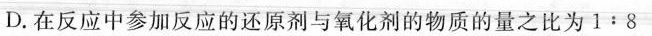
D. 在反应中参加反应的还原剂与氧化剂的物质的量之比为1﹔8